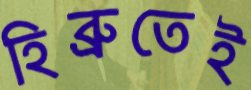
হিব্রুতেই